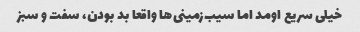
خیلی سریع اومد اما سیب‌زمینی‌ها واقعا بد بودن، سفت و سبز